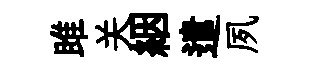
雎关絪遣夙